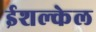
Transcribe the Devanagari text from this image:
ईशल्केल